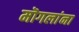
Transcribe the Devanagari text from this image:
मॊगलांना